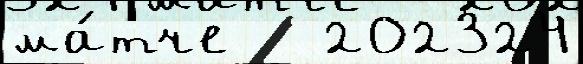
ма́тче   202324